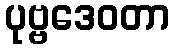
ပုဗ္ဗဒေဝတာ